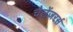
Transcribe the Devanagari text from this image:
चैलेंजरर्स